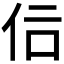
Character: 𠇙